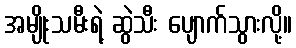
အမျိုးသမီးရဲ့ ဆွဲသီး ပျောက်သွားလို့။